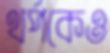
থর্পকেও